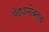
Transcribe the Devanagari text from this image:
वेढ्यासोबतच